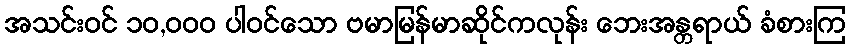
အသင်းဝင် ၁၀,၀၀၀ ပါဝင်သော ဗမာမြန်မာဆိုင်ကလုန်း ဘေးအန္တရာယ် ခံစားကြ